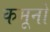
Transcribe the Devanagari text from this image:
कमूनों